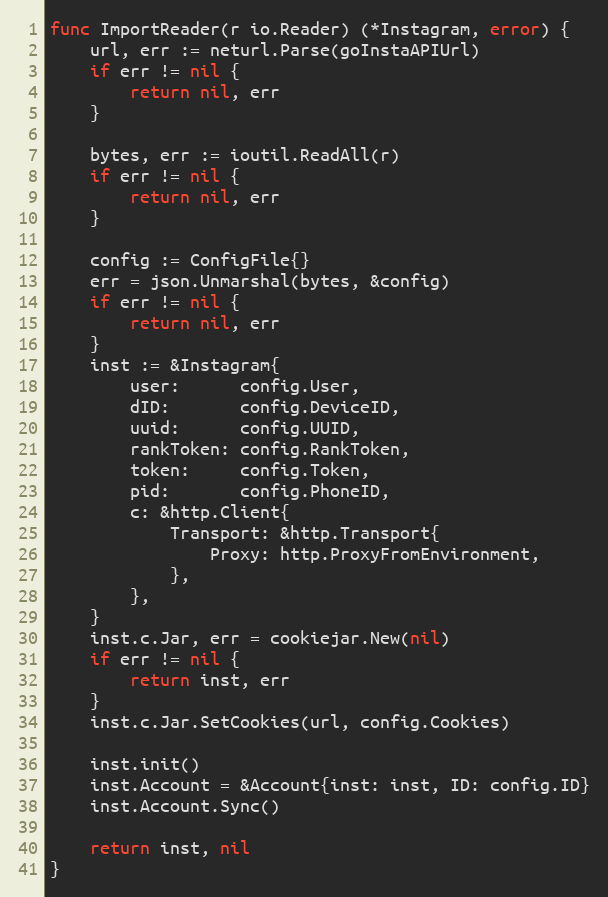
Language: Go
func ImportReader(r io.Reader) (*Instagram, error) {
	url, err := neturl.Parse(goInstaAPIUrl)
	if err != nil {
		return nil, err
	}

	bytes, err := ioutil.ReadAll(r)
	if err != nil {
		return nil, err
	}

	config := ConfigFile{}
	err = json.Unmarshal(bytes, &config)
	if err != nil {
		return nil, err
	}
	inst := &Instagram{
		user:      config.User,
		dID:       config.DeviceID,
		uuid:      config.UUID,
		rankToken: config.RankToken,
		token:     config.Token,
		pid:       config.PhoneID,
		c: &http.Client{
			Transport: &http.Transport{
				Proxy: http.ProxyFromEnvironment,
			},
		},
	}
	inst.c.Jar, err = cookiejar.New(nil)
	if err != nil {
		return inst, err
	}
	inst.c.Jar.SetCookies(url, config.Cookies)

	inst.init()
	inst.Account = &Account{inst: inst, ID: config.ID}
	inst.Account.Sync()

	return inst, nil
}